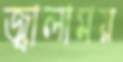
জ্বালাময়